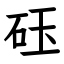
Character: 砡